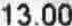
13.00